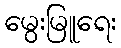
မွေးမြူရေး